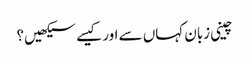
چینی زبان کہاں سے اور کیسے سیکھیں؟